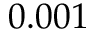
0 . 0 0 1